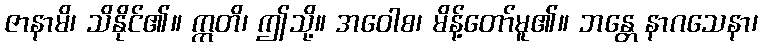
ဇာနာမိ၊ သိနိုင်၏။ ဣတိ၊ ဤသို့။ အဝေါစ၊ မိန့်တော်မူ၏။ ဘန္တေ နာဂသေနာ၊